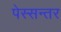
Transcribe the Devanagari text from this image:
पेस्सन्तर